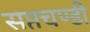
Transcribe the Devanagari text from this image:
सप्तचण्डी